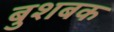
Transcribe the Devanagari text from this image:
बुशबक